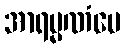
အာရမ္မဏံပေ